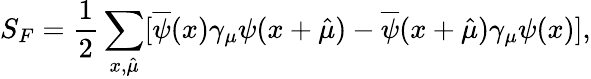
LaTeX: S_{F}=\frac{1}{2}\sum_{x,\hat{\mu}}[\overline{{{\psi}}}(x)\gamma_{\mu}\psi(x+\hat{\mu})-\overline{{{\psi}}}(x+\hat{\mu})\gamma_{\mu}\psi(x)],